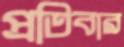
প্রতিবার